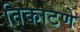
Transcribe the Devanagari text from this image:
तिकाटणे